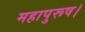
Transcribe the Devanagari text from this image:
महापुरूष।